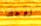
زوجك